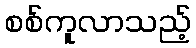
စစ်ကူလာသည့်